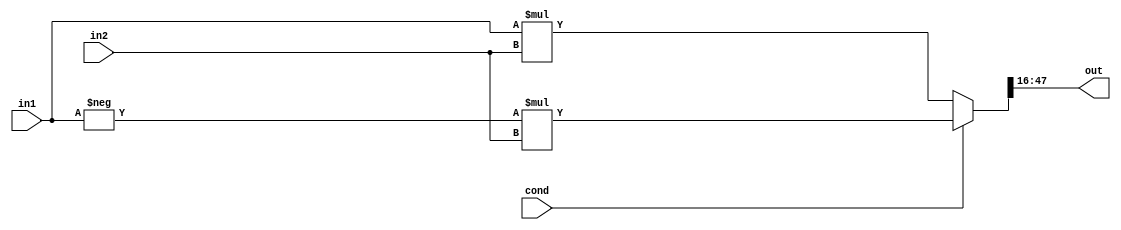
module Multiplier_rotation #(
    parameter INT_SIZE = 16,
              FRAC_SIZE = 16
) (
    input   wire signed [INT_SIZE+FRAC_SIZE-1:0] in1, in2,
    input   wire                                 cond,
    output  wire signed [INT_SIZE+FRAC_SIZE-1:0] out
);
localparam DATA_WIDTH = INT_SIZE+FRAC_SIZE;

  wire signed [2*DATA_WIDTH-1:0] res;

  assign res = cond? -in1*in2 : in1*in2;
  assign out = res>>FRAC_SIZE;
endmodule